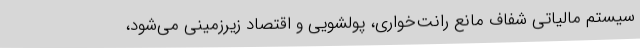
سیستم مالیاتی شفاف مانع رانت‌خواری، پولشویی و اقتصاد زیرزمینی می‌شود،